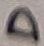
Text: D